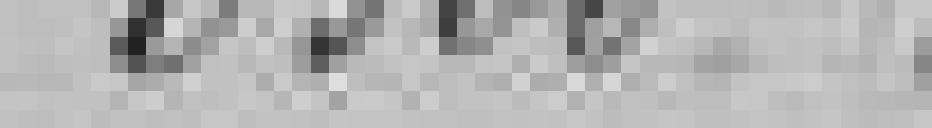
3500